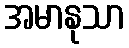
အမာနုသာ